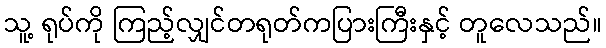
သူ့ ရုပ်ကို ကြည့်လျှင်တရုတ်ကပြားကြီးနှင့် တူလေသည်။